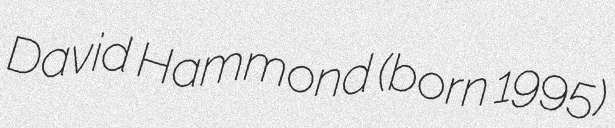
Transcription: David Hammond (born 1995)